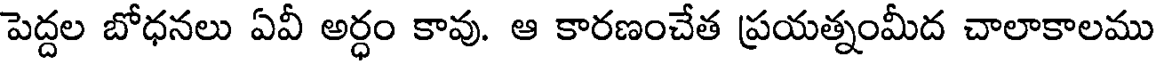
పెద్దల బోధనలు ఏవీ అర్ధం కావు. ఆ కారణంచేత ప్రయత్నంమీద చాలాకాలము